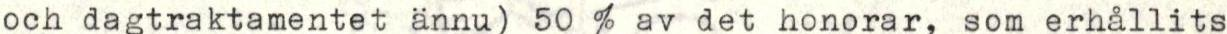
och dagtraktamentet ännu 50 % av det honorar, som erhållits